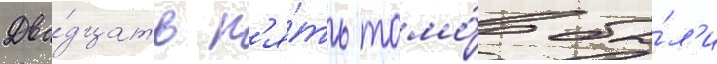
Два́дцать п'я́ть томо́в бы́л'и